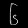
Digit: ၆